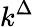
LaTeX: k^{\Delta}